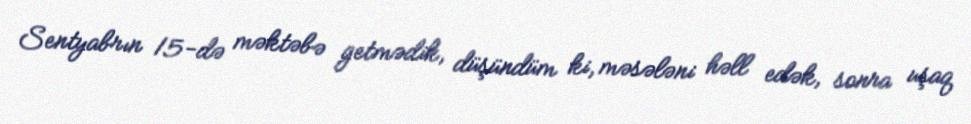
Sentyabrın 15-də məktəbə getmədik, düşündüm ki, məsələni həll edək, sonra uşaq